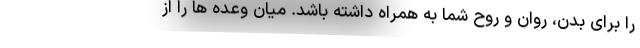
را برای بدن، روان و روح شما به همراه داشته باشد. میان وعده ها را از